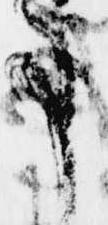
事